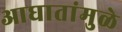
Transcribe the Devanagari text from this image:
आघातांमुळे